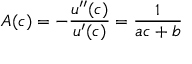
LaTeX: A ( c ) = - { \frac { u ^ { \prime \prime } ( c ) } { u ^ { \prime } ( c ) } } = { \frac { 1 } { a c + b } }